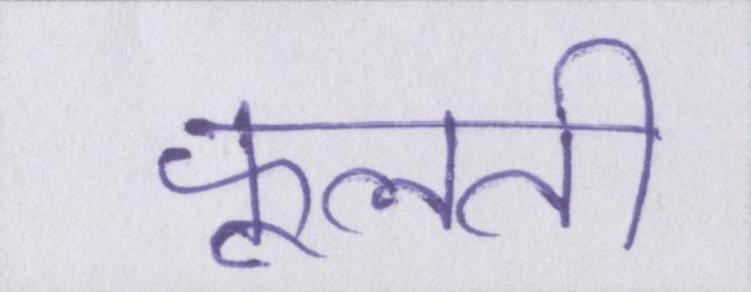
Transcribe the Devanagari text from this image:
फूलती